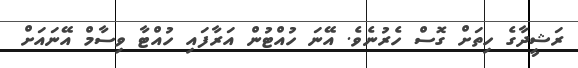
ރަޝީދާގެ ހިތަށް ގޮސް ހެރުނެވެ. އޭނަ ހުއްޓުން އަރާފައި ހުއްޓާ ވިސާމް އޭނައަށް